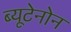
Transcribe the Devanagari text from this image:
ब्यूटेनोन